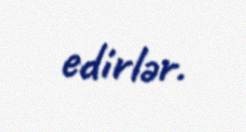
edirlər.